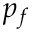
p _ { f }